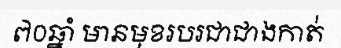
៧០ឆ្នាំ មានមុខរបរជាជាងកាត់